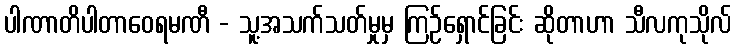
ပါဏာတိပါတာဝေရမဏီ - သူ့အသက်သတ်မှုမှ ကြဉ်ရှောင်ခြင်း ဆိုတာဟာ သီလကုသိုလ်